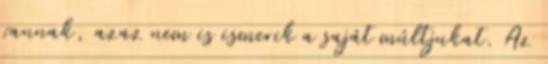
vannak, azaz nem is ismerik a saját múltjukat. Az